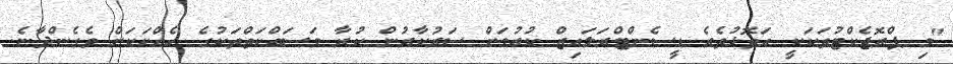
"މި ޕްރޮޖެކްޓުތަކަކީ އަތޮޅުތެރެ ޑީސެންޓްރަލައިޒް ކުރުމަށް ސަރުކާރުން ކުރާ މަސައްކަތްތަކުގެ ހެއްކަކަށް ވެގެންދާނެ.